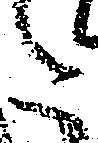
た